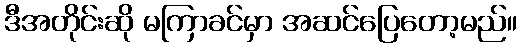
ဒီအတိုင်းဆို မကြာခင်မှာ အဆင်ပြေတော့မည်။